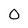
Character: 0